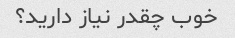
خوب چقدر نیاز دارید؟